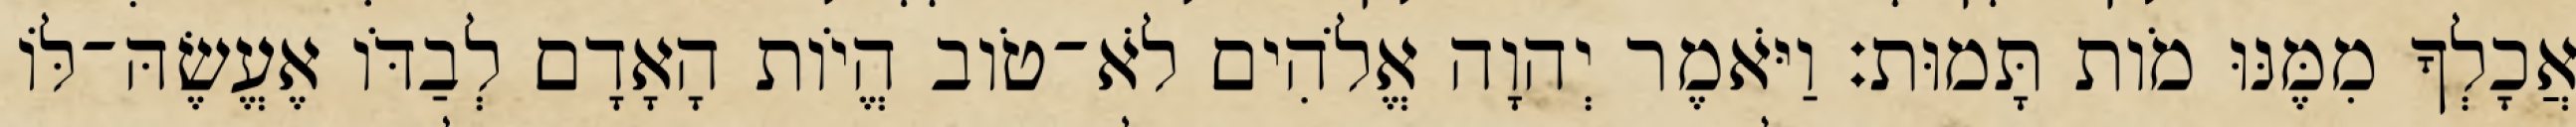
אֲכָלְךָ מִמֶּנּוּ מֹות תָּמוּת׃ וַיֹּאמֶר יְהוָה אֱלֹהִים לֹא־טֹוב הֱיֹות הָאָדָם לְבַדֹּו אֶעֱשֶׂהּ־לֹּו